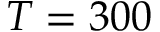
T = 3 0 0